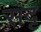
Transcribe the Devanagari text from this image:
संदृ